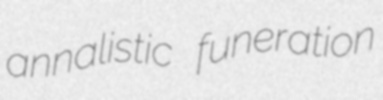
annalistic funeration